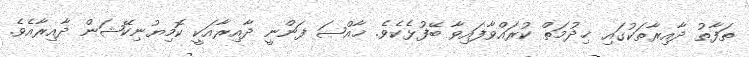
ތަފާތު ދާއިރާތަކުގައި ޚިދުމަތް ކުރައްވާފައިވާ ބޭފުޅެކެވެ. ޚާއްޞަ ފަންނީ ދާއިރާއަކީ ކޮމިޔުނިކޭޝަން ދާއިރާއެވެ.